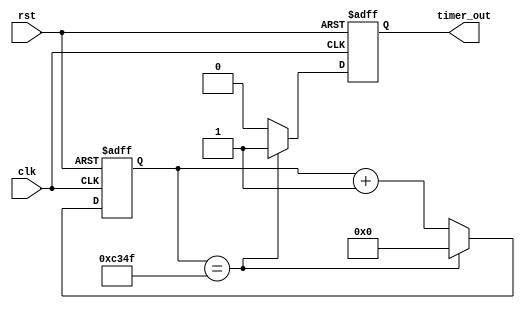
module periodic_timer (
    input wire clk,       // System clock signal
    input wire rst,       // Reset signal
    output reg timer_out  // Timing signal output
);

parameter TIMER_PERIOD = 50000; // Specify the period of the timer (change value as needed)

reg [31:0] counter; // Counter for tracking timer period

always @(posedge clk or posedge rst) begin
    if (rst) begin
        counter <= 0;
        timer_out <= 0;
    end else begin
        if (counter == TIMER_PERIOD - 1) begin
            counter <= 0;
            timer_out <= 1; // Assert timing signal when period reached
        end else begin
            counter <= counter + 1;
            timer_out <= 0;
        end
    end
end

endmodule